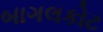
બાગલકોટ